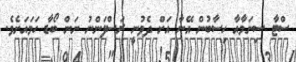
ސްޓާ ސިނަމާއާ ހިސާބުން އޭނާ އަށް ދެވުނީ ރަސްފަންނު ނަން ބޯޑާ ހަމައަށެވެ.